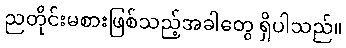
ညတိုင်းမစားဖြစ်သည့်အခါတွေ ရှိပါသည်။